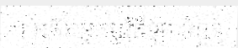
។ អតីតអ្នកបុរីកីឡា ចំនួន